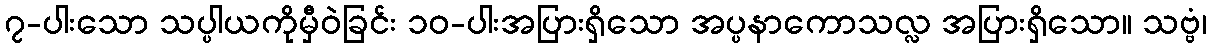
၇-ပါးသော သပ္ပါယကိုမှီဝဲခြင်း ၁၀-ပါးအပြားရှိသော အပ္ပနာကောသလ္လ အပြားရှိသော။ သဗ္ဗံ၊